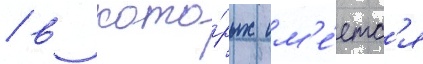
/ в кото́рых им'е́етс'я